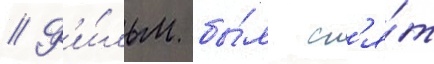
// Ф'и́льм бы́л сн'я́т